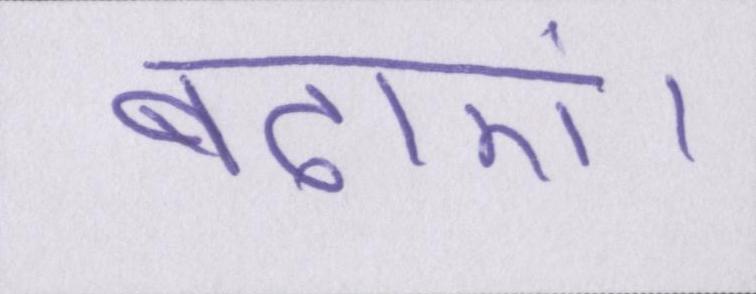
बढ़ाएं।